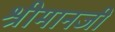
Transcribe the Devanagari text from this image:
श्रीमानजी